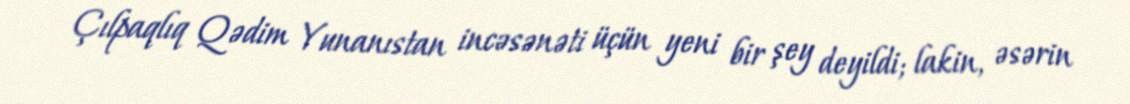
Çılpaqlıq Qədim Yunanıstan incəsənəti üçün yeni bir şey deyildi; lakin, əsərin